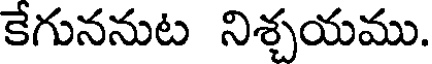
కేగుననుట నిశ్చయము.